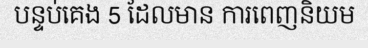
បន្ទប់គេង 5 ដែលមាន ការពេញនិយម